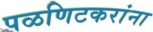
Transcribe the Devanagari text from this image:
पळणिटकरांना